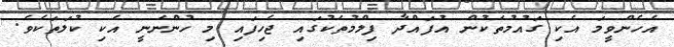
އެހެންވީމަ އެކި ގައުމުތަކުން އުފައްދާ ފިލްމުތަކުގައި ޖެހިފައި މި ހުންނަނީ އެކި ކުލަތަކެވެ.